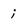
Character: i